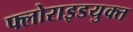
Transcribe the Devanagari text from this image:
फ्लोराइडयुक्त